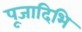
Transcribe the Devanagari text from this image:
पूजादिभि